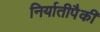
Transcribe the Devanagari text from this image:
निर्यातीपैकी